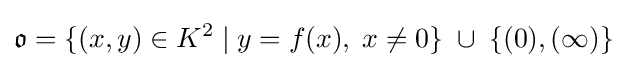
{\mathfrak {o}}=\{(x,y)\in K^{2}\;|\;y=f(x),\;x\neq 0\}\;\cup \;\{(0),(\infty )\}\;